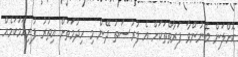
ކޮށްލަން ބޭނުންވާ ފަރާތްތަކަށް އެ ފުރުސަތު ދޭން މި ހިދުމަތަށް އިތުރު ފުރިހަމަކަމެއް